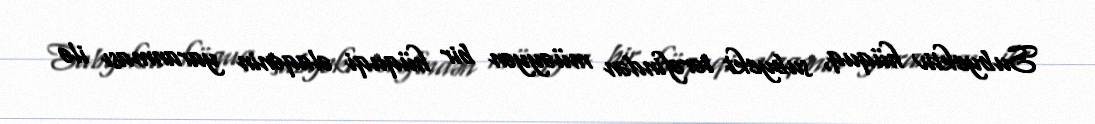
Subyektiv hüquq, subyekt tərəfindən müəyyən bir hüquqi əlaqənin yaranması ilə